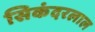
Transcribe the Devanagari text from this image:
सिकंदरलाल